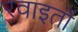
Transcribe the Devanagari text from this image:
रवाइतों